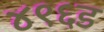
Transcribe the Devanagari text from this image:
४९६ड